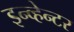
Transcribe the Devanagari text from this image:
इन्व्हेन्टर